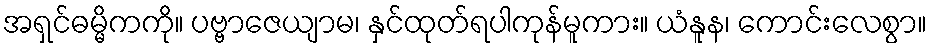
အရှင်ဓမ္မိကကို။ ပဗ္ဗာဇေယျာမ၊ နှင်ထုတ်ရပါကုန်မူကား။ ယံနူန၊ ကောင်းလေစွာ။